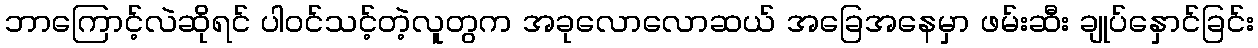
ဘာကြောင့်လဲဆိုရင် ပါဝင်သင့်တဲ့လူတွက အခုလောလောဆယ် အခြေအနေမှာ ဖမ်းဆီး ချုပ်နှောင်ခြင်း